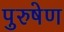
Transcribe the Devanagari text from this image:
पुरुषेण